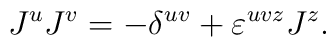
J^u J^v= - \delta^{uv}+\varepsilon^{uvz}J^z.